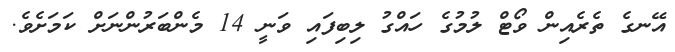
އޭނގެ ތެރެއިން ވޯޓް ލުމުގެ ހައްގު ލިބިފައި ވަނީ 14 މެންބަރުންނަށް ކަމަށެވެ.